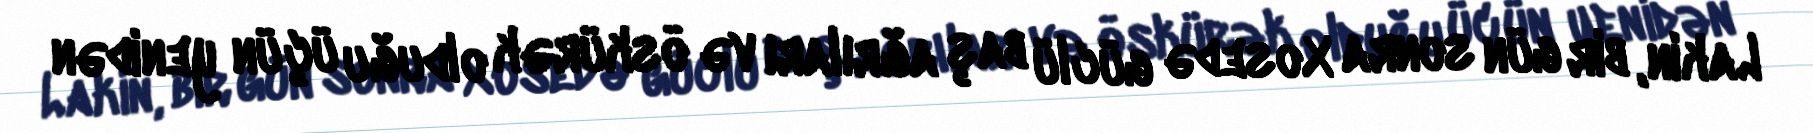
Lakin, bir gün sonra Xosedə güclü baş ağrıları və öskürək olduğu üçün yenidən